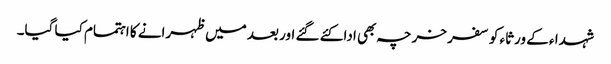
شہدا ء کے ورثاء کو سفر خرچہ بھی ادا کئے گئے اور بعد میں ظہرانے کا اہتمام کیا گیا۔